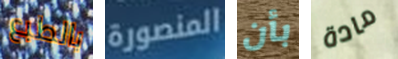
بالطبع المنصورة بأن مادة